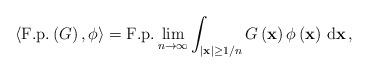
LaTeX: \begin{align*}\left\langle \mathrm{F.p.}\left( G\right) ,\phi\right\rangle =\mathrm{F.p.}\lim_{n\rightarrow\infty}\int_{\left\vert \mathbf{x}\right\vert \geq1/n}G\left( \mathbf{x}\right) \phi\left( \mathbf{x}\right) \,\mathrm{d}\mathbf{x}\,, \end{align*}